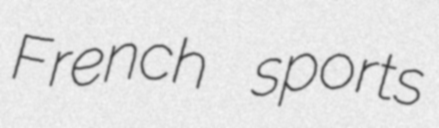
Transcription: French sports